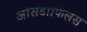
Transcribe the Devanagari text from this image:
असिडोफिलस